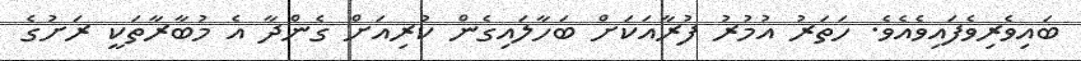
ބައިވެރިވެފައިވެއެވެ. ހަތަރު އުމުރު ފުރާއަކަށް ބަހާލައިގެން ކުރިއަށް ގެންދާ އެ މުބާރާތަކީ ރަށުގެ